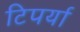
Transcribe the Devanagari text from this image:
टिपर्या